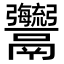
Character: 𩱱